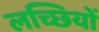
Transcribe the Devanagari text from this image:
लच्छियों